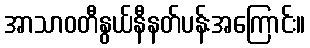
အာသာဝတီနွယ်နီနတ်ပန်းအကြောင်း။